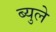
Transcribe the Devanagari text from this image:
ब्युले